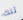
تلك